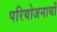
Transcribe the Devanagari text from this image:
परियोजनायों